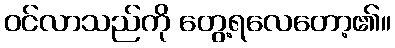
ဝင်လာသည်ကို တွေ့ရလေတော့၏။